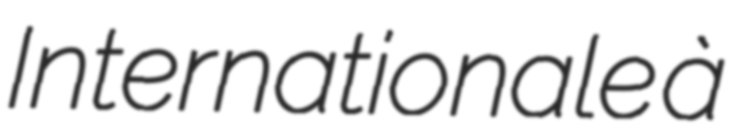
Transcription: Internationale à